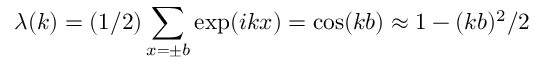
\lambda ( k ) = ( 1 / 2 ) \sum _ { x = \pm b } \exp ( i k x ) = \cos ( k b ) \approx 1 - ( k b ) ^ { 2 } / 2